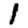
Digit: 1